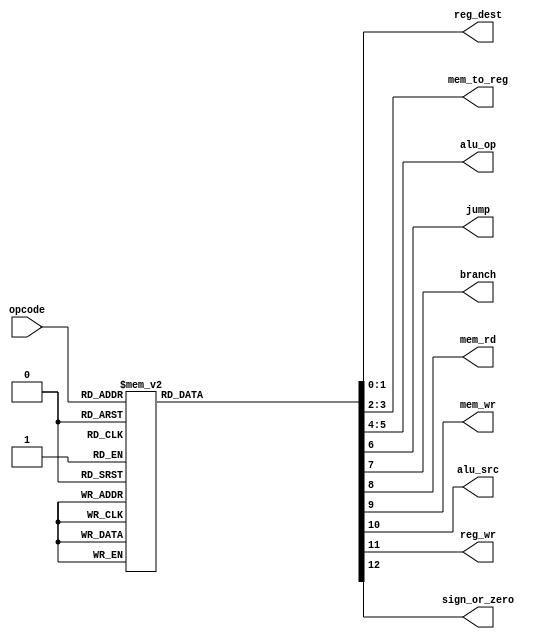
`timescale 1ns / 1ps
//////////////////////////////////////////////////////////////////////////////////
// Company: 
// Engineer: 
// 
// Design Name: 
// Module Name: control_unit
// Project Name: 
// Target Devices: 
// Tool Versions: 
// Description: 
// 
// Dependencies: 
// 
// Revision:
// Revision 0.01 - File Created
// Additional Comments:
// 
//////////////////////////////////////////////////////////////////////////////////


module control_unit(opcode,reg_dest,mem_to_reg,alu_op,jump,branch,mem_rd,mem_wr,alu_src,reg_wr,sign_or_zero);

//--------------------------------------------PORT DECLARATIONS------------------------------------------//
input [2:0]opcode;
output reg [1:0]reg_dest,mem_to_reg,alu_op;
output reg jump,branch,mem_rd,mem_wr,alu_src,reg_wr,sign_or_zero;

//--------------------------------------------CONTROL SIGNALS GENERATION------------------------------------------//
always@(*)
    begin
        case(opcode)
            3'b000: begin
                        reg_dest = 2'b01;
                        mem_to_reg = 2'b00;
                        alu_op = 2'b00;
                        jump = 1'b0;
                        branch = 1'b0;
                        mem_rd = 1'b0;
                        mem_wr = 1'b0;
                        alu_src = 1'b0;
                        reg_wr = 1'b1;
                        sign_or_zero = 1'b1;
                     end
             3'b001: begin
                        reg_dest = 2'b00;
                        mem_to_reg = 2'b00;
                        alu_op = 2'b10;
                        jump = 1'b0;
                        branch = 1'b0;
                        mem_rd = 1'b0;
                        mem_wr = 1'b0;
                        alu_src = 1'b1;
                        reg_wr = 1'b1;
                        sign_or_zero = 1'b0;
                     end
            3'b010: begin
                        reg_dest = 2'b00;
                        mem_to_reg = 2'b00;
                        alu_op = 2'b00;
                        jump = 1'b1;
                        branch = 1'b0;
                        mem_rd = 1'b0;
                        mem_wr = 1'b0;
                        alu_src = 1'b0;
                        reg_wr = 1'b0;
                        sign_or_zero = 1'b1;
                     end
            3'b011: begin
                        reg_dest = 2'b10;
                        mem_to_reg = 2'b10;
                        alu_op = 2'b00;
                        jump = 1'b1;
                        branch = 1'b0;
                        mem_rd = 1'b0;
                        mem_wr = 1'b0;
                        alu_src = 1'b0;
                        reg_wr = 1'b1;
                        sign_or_zero = 1'b1;
                     end
            3'b100: begin
                        reg_dest = 2'b00;
                        mem_to_reg = 2'b01;
                        alu_op = 2'b11;
                        jump = 1'b0;
                        branch = 1'b0;
                        mem_rd = 1'b1;
                        mem_wr = 1'b0;
                        alu_src = 1'b1;
                        reg_wr = 1'b1;
                        sign_or_zero = 1'b1;
                     end
             3'b101: begin
                        reg_dest = 2'b00;
                        mem_to_reg = 2'b00;
                        alu_op = 2'b11;
                        jump = 1'b0;
                        branch = 1'b0;
                        mem_rd = 1'b0;
                        mem_wr = 1'b1;
                        alu_src = 1'b1;
                        reg_wr = 1'b0;
                        sign_or_zero = 1'b1;
                     end
             3'b110: begin
                        reg_dest = 2'b00;
                        mem_to_reg = 2'b00;
                        alu_op = 2'b01;
                        jump = 1'b0;
                        branch = 1'b1;
                        mem_rd = 1'b0;
                        mem_wr = 1'b0;
                        alu_src = 1'b0;
                        reg_wr = 1'b0;
                        sign_or_zero = 1'b1;
                     end
             3'b111: begin
                        reg_dest = 2'b00;
                        mem_to_reg = 2'b00;
                        alu_op = 2'b11;
                        jump = 1'b0;
                        branch = 1'b0;
                        mem_rd = 1'b0;
                        mem_wr = 1'b0;
                        alu_src = 1'b1;
                        reg_wr = 1'b1;
                        sign_or_zero = 1'b1;
                     end
            default: begin
                        reg_dest = 2'b00;
                        mem_to_reg = 2'b00;
                        alu_op = 2'b00;
                        jump = 1'b0;
                        branch = 1'b0;
                        mem_rd = 1'b0;
                        mem_wr = 1'b0;
                        alu_src = 1'b0;
                        reg_wr = 1'b0;
                        sign_or_zero = 1'b1;
                     end
       endcase                                                                                                                                                                       
    end
endmodule